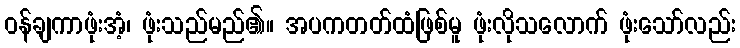
ဝန်ချကာဖုံးအံ့၊ ဖုံးသည်မည်၏။ အပကတတ်ထံဖြစ်မူ ဖုံးလိုသလောက် ဖုံးသော်လည်း